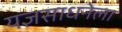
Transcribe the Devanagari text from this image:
यज्ञसाधनेला